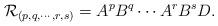
LaTeX: \begin{align*} \mathcal R_{(p, q ,\cdots, r, s)} = A^pB^q\cdots A^rB^sD.\end{align*}